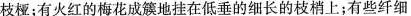
枝桠；有火红的梅花成簇地挂在低垂的细长的枝梢上；有些纤细